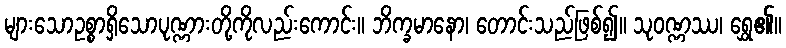
များသောဥစ္စာရှိသောပုဏ္ဏားတို့ကိုလည်းကောင်း။ ဘိက္ခမာနော၊ တောင်းသည်ဖြစ်၍။ သုဝဏ္ဏဿ၊ ရွှေ၏။